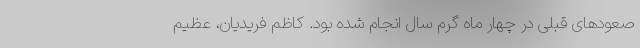
صعودهای قبلی در چهار ماه گرم سال انجام شده بود. کاظم فریدیان، عظیم